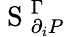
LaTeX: \mathrm{~S~}_{\partial_{i}P}^{\Gamma}